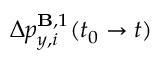
\Delta p _ { y , i } ^ { \mathbf { B } , 1 } ( t _ { 0 } \to t )